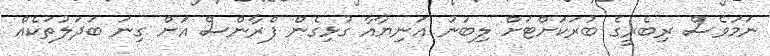
ނަމަވެސް ރިބެރީގެ ބުރަކަށްޓަށް ލިބުނު އަނިޔާއާ ގުޅިގެން ފްރާންސް އަށް ގިނަ ބަދަލުތަކެއް